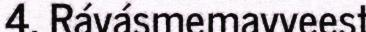
4. Rávásmemavveest